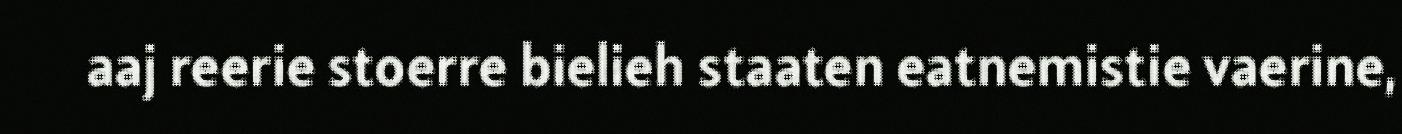
aaj reerie stoerre bielieh staaten eatnemistie vaerine,